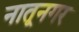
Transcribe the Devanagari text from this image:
नातूनगर